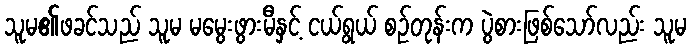
သူမ၏ဖခင်သည် သူမ မမွေးဖွားမီနှင့် ငယ်ရွယ် စဉ်တုန်းက ပွဲစားဖြစ်သော်လည်း သူမ